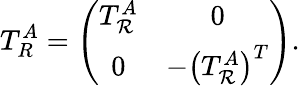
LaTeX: T_{R}^{A}=\left(\begin{array}{cc}{{T_{\mathcal R}^{A}}}&{{0}}\\ {{0}}&{{-\left(T_{\mathcal R}^{A}\right)^{T}}}\end{array}\right).